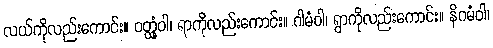
လယ်ကိုလည်းကောင်း။ ဝတ္ထုံဝါ၊ ရာကိုလည်းကောင်း။ ဂါမံဝါ၊ ရွာကိုလည်းကောင်း။ နိဂမံဝါ၊